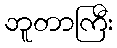
ဘူတာကြီး